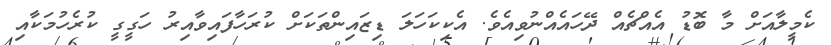
ކެމީލާއަށް މާ ބޮޑު އެއްޗެއް ދޭހައެއްނުވިއެވެ. އެކިކަހަލަ ޑިޒައިންތަކަށް ކުރަހާފައިވާއިރު ހަގީގީ ކުރެހުމަކާއި